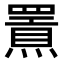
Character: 𤐍